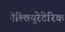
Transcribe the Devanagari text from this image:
पेल्वियुरेटेरिक